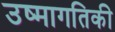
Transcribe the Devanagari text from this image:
उष्‍मागतिकी